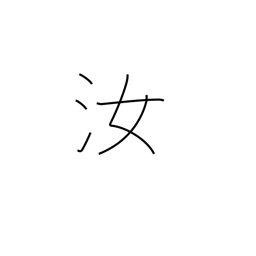
Meaning: you